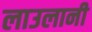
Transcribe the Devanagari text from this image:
लाउलानी